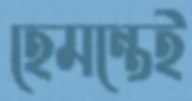
হেমন্তেই